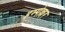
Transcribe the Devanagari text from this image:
इम्पेल्लर